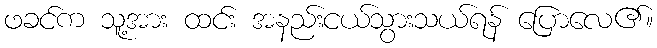
ဖခင်က သူ့အား ထင်း အနည်းငယ်သွားသယ်ရန် ပြောလေ၏။